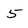
Character: 5